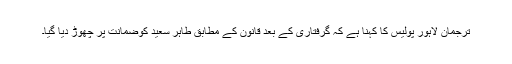
ترجمان لاہور پولیس کا کہنا ہے کہ گرفتاری کے بعد قانون کے مطابق طاہر سعید کوضمانت پر چھوڑ دیا گیا۔